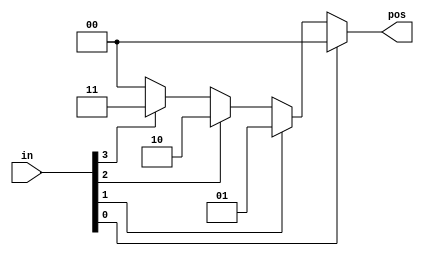
// synthesis verilog_input_version verilog_2001
module top_module (
    input      [3:0] in,
    output reg [1:0] pos
);

    always @(*) begin
        casez (1'b1)
            in[0]:   pos = 2'd0;
            in[1]:   pos = 2'd1;
            in[2]:   pos = 2'd2;
            in[3]:   pos = 2'd3;
            default: pos = 2'd0;
        endcase

    end


endmodule